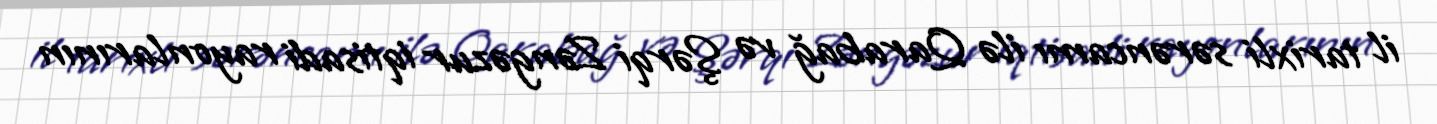
il tarixli sərəncamı ilə Qarabağ və Şərqi Zəngəzur iqtisadi rayonlarının